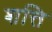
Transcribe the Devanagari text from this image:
शत्ति